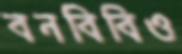
বনবিবিও